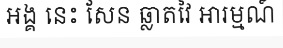
អង្គ នេះ សែន ឆ្លាតវៃ អារម្មណ៍